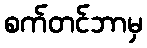
စက်တင်ဘာမှ